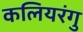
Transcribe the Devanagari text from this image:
कलियरंगु